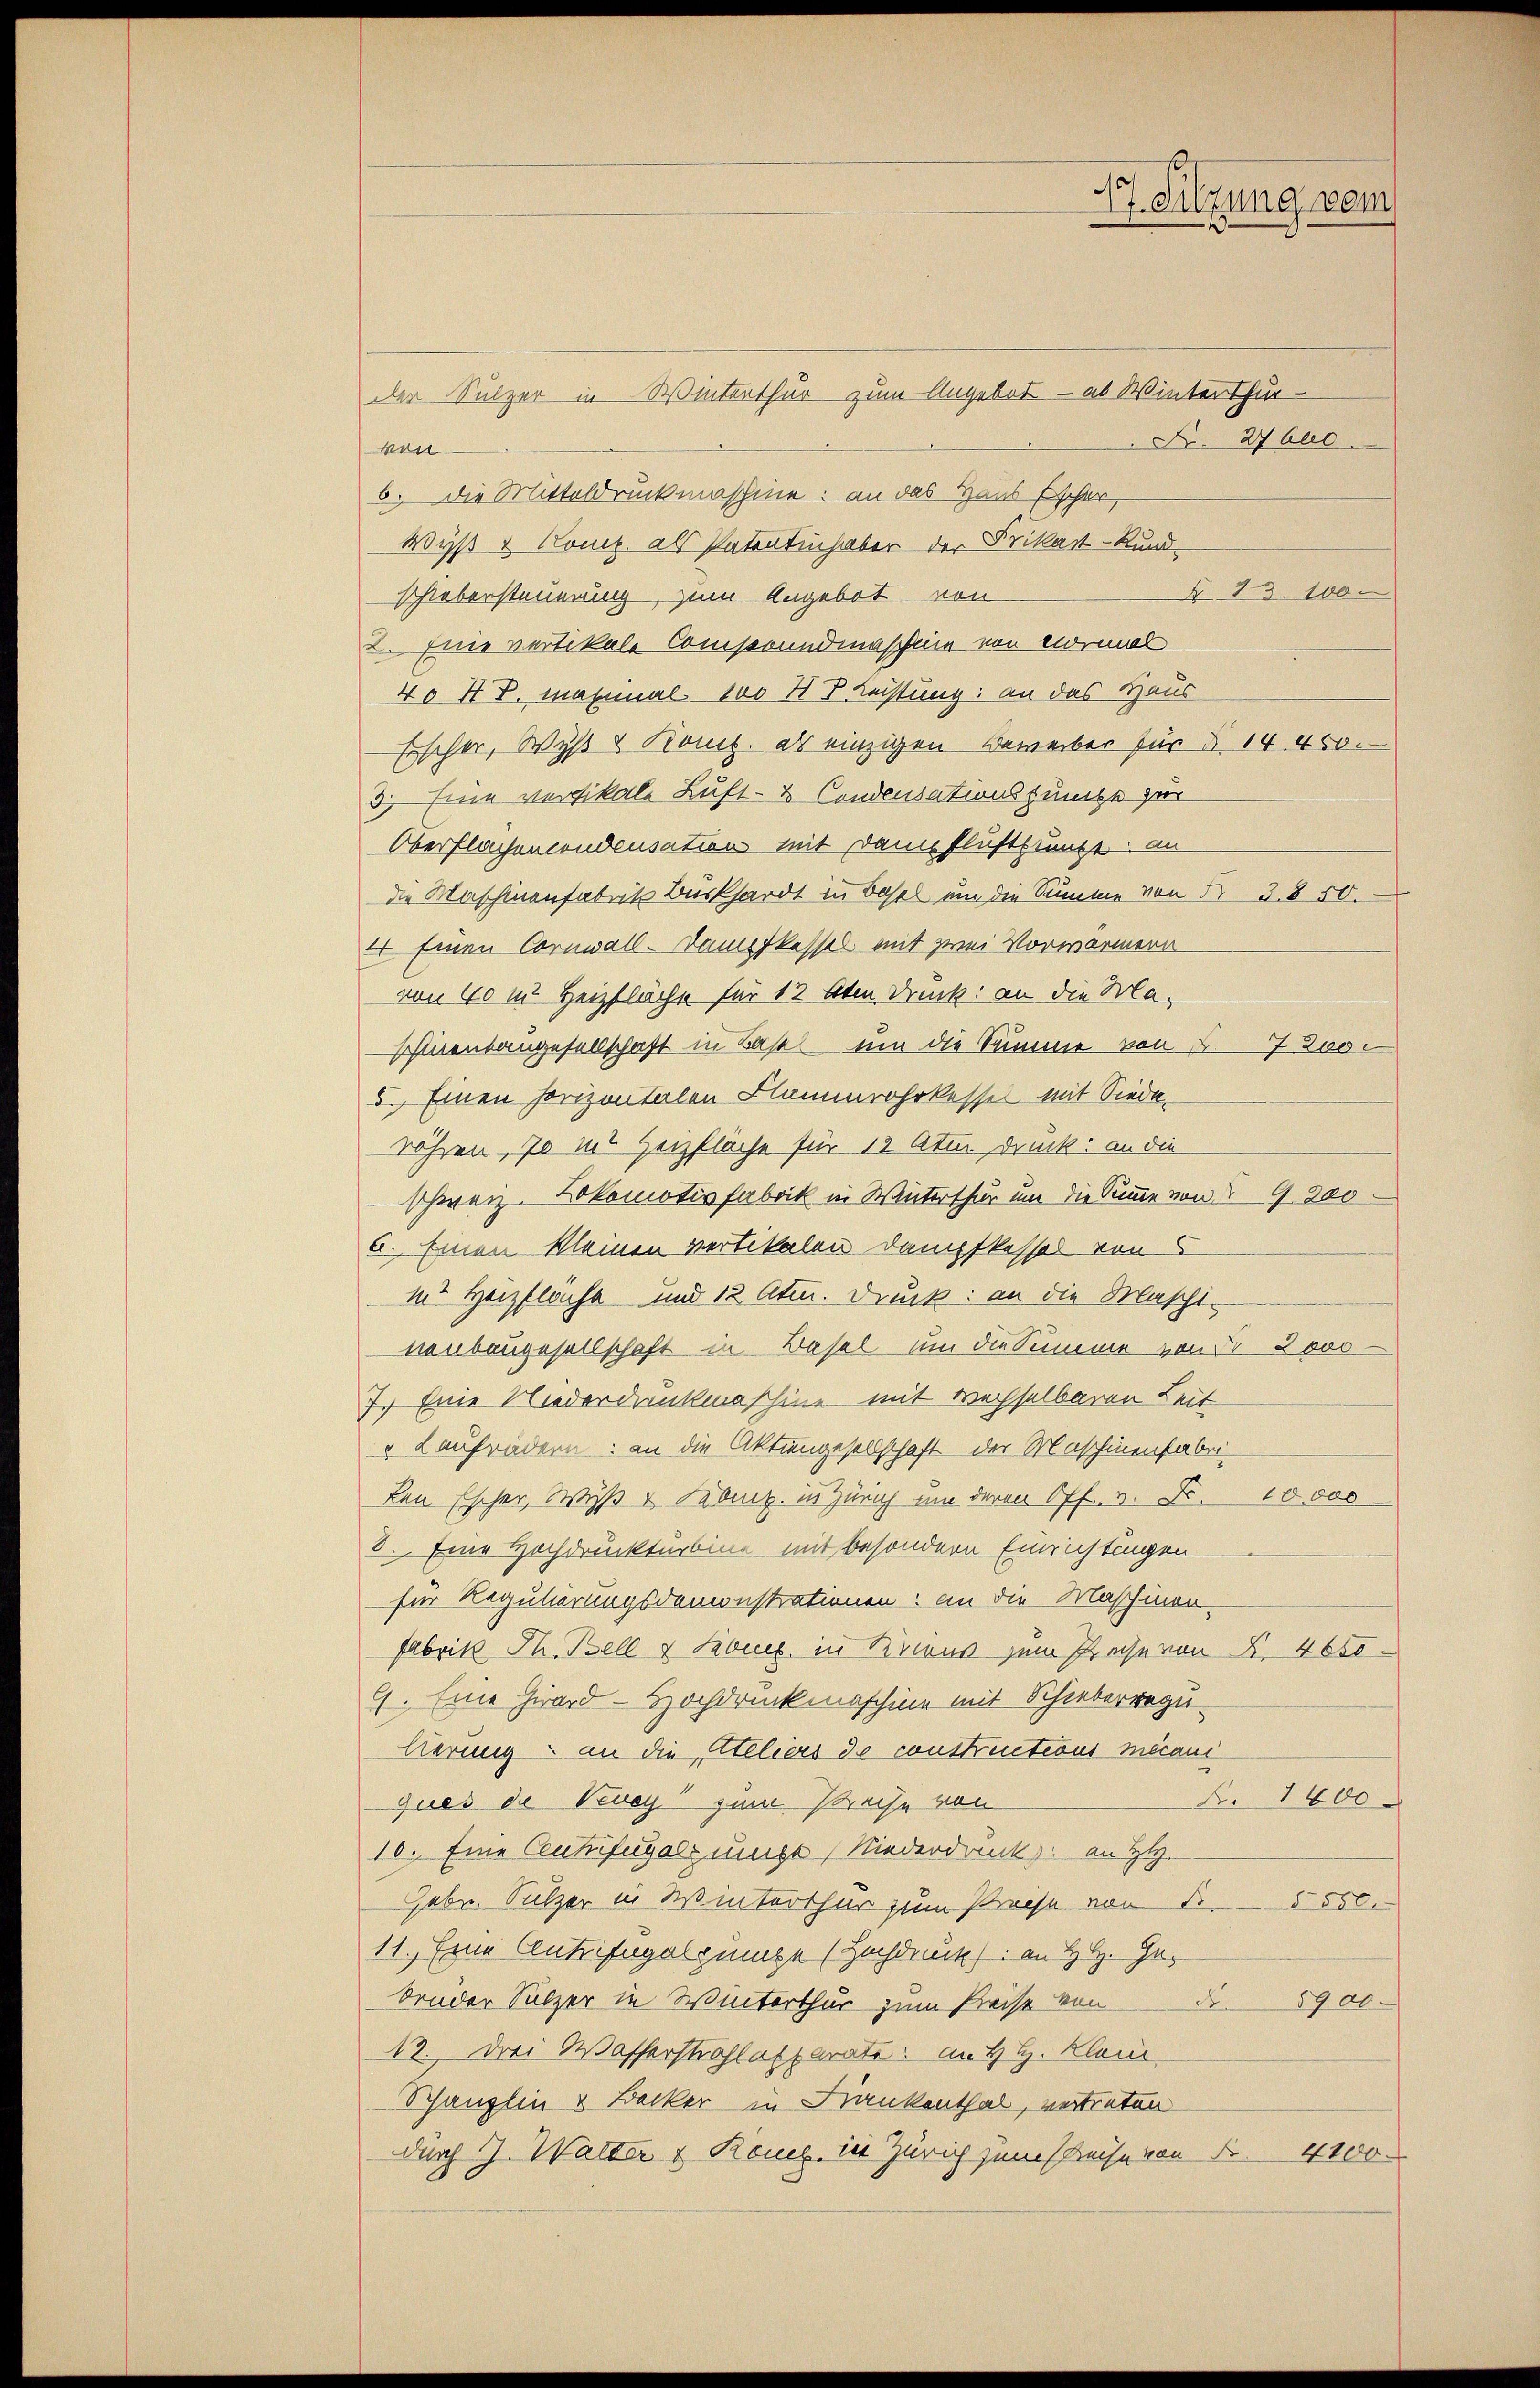
Pf. Sitzung vom

der Sulzer in Winterthur zum Angebot - ab Winterthur-
Nr. 27 buc
kenb. die Mitteldruckmaschine: an das Haus Escher,
Wyß & Komp. als Patentinhaber der Frikast-Kund-
§ 83. 100
schiebersteuerung, zum Angebot von
2. Eine vertikale Comprundmaschine von vormal
4o Hr. Maximal. 100 H B Leistung: an das Haus
Erscher, Wyß & Kont. als einzigen Beweiber für d. 14 450.
3. Eine versikale Luft- & Condensationszinge zur
Oberflächencondcusation mit Dannfluskunft an
die Maschinenfabrik Burkhardt in Basel um die Summe von der 3. 850.
Er Einen Cornwall-Damitkassel mit zwei Vorwärmern
von 40 m Heizfläche für 12 ten Druck: an die Maschmentangesellschaft in Base um die Summe von 27 Zus¬
5.) Einen horizontalen Flammrohrkessel mit Siede
röhren, 70 in Heizfläche für 12 Atu. druck: an die
Schweiz. Lokomotivfabrik in Winterthur um die Summe von § 9800
a. Einen kleinen vertikalen Dampfkessel von 5
in Heizflächt und 12 Atm. Druck: an die Maschi-
neubaugesellschaft in Basel um die Summe von 2000
7.) Eine Niederdruckmaschine mit wechselberen Leit
" Laufrädern: an die Aktiengesellschaft der Maschinenfabri-
Len Escher, Wyß & Lebenz. in Zürich um deren Off. v. Fr. 10,000
3. Eine Hochdruckturbine mit besondern Einrichtingen
für Regulirungsdemonstrationen: an die Maschinen-
Fabrik Th. Bell & Leben, in Kriens zum Preise von . 4650
9. Eine Zward-Hochdruckmaschine mit Schieberregulierung an die Ateliers de constructions mecani
A. 1600
ques de Neuey zum Preise von
10. Eine Centifugolzunge (Niederdruck, an H.
Febr. Sulzer in Winterthur zum Preise von 15550.
11. Eine Antrifagolgunge (Buchdruck): an H. Gebruder Sulzer in Winterthur zum Preise von d
5900.
12. Drei Wasserstraflosparate: im H H. Klein
Schänzlin & Becker in Krankenthal, vertreten
durch J. Walter & Rom. in Zürich zum Preise von Fr. 4100